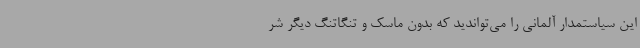
این سیاستمدار آلمانی را می‌تواندید که بدون ماسک و تنگاتنگ دیگر شر